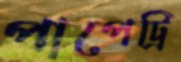
পাপেট্রি